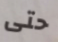
حتى